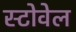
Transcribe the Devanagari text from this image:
स्टोवेल